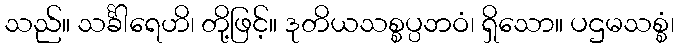
သည်။ သင်္ခါရေဟိ၊ တို့ဖြင့်။ ဒုတိယသစ္စပ္ပဘဝံ၊ ရှိသော။ ပဌမသစ္စံ၊